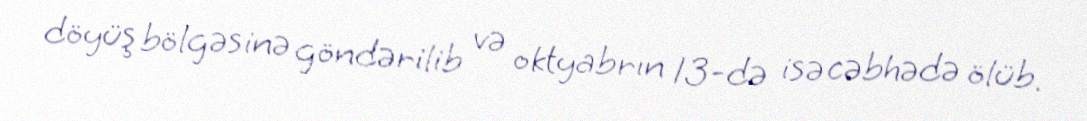
döyüş bölgəsinə göndərilib və oktyabrın 13-də isə cəbhədə ölüb.